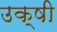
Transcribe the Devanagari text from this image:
उक्षी